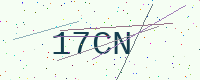
Text: 17CN